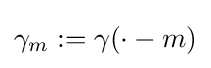
\gamma _{m}:=\gamma (\cdot -m)